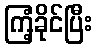
ကြံ့ခိုင်ပြီး